Leningradi_Edasi_toimetus, lk 191
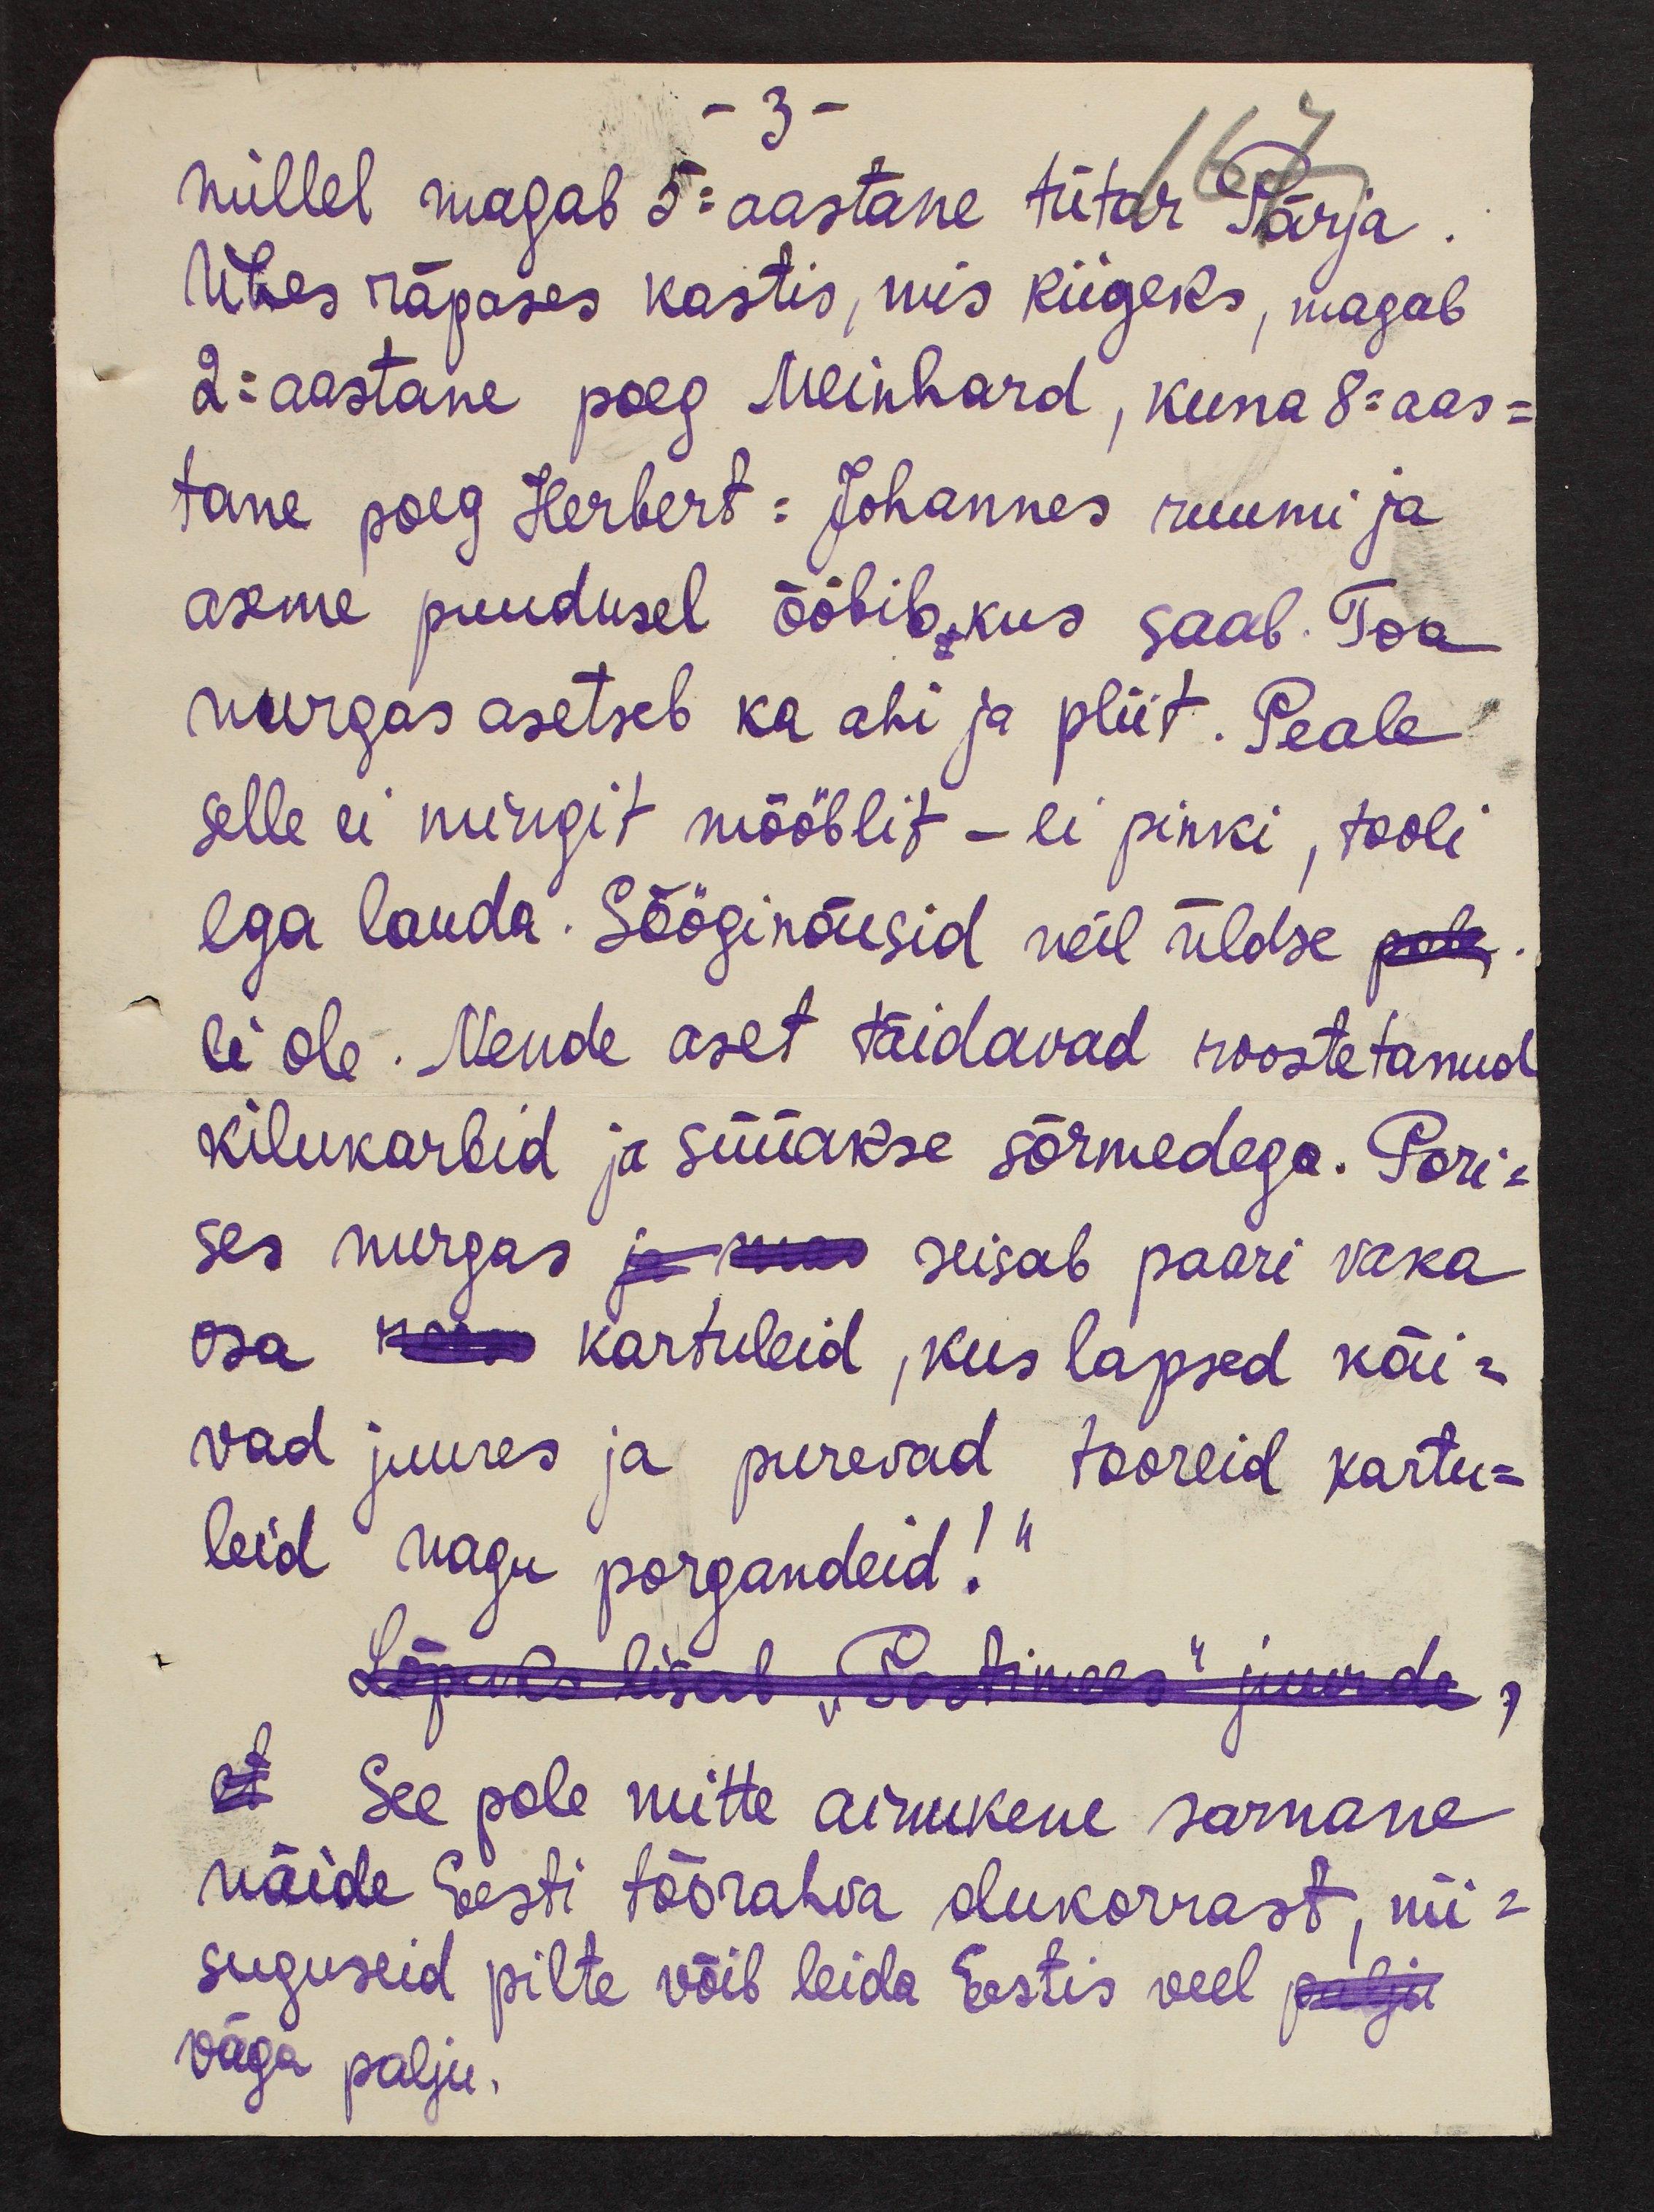
- 3 -
millel magab 5=aastane tütar Pärja
Ühes räpases kastis, mis kiigeks, magab
2=aastane poeg Meinhard, kuna 8=aas-
tane poeg Herbert=Johannes ruumi ja
aseme puudusel ööbib, kus saab. Toa
nurgas asetseb ka ahi ja pliit. Peale
selle ei mingit mööblit - ei pinki, tooli
ega lauda. Sööginõusid neil üldse pole
ei ole. Nende aset täidavad roostetanud
kilukarbid ja süüakse sõrmedega. Pori-
ses nurgas ja seisab paari vaka-
osa kartuleid, kus lapsed käi-
vad juures ja purevad tooreid kartu-
leid nagu porgandeid! "
Lõpuks lisab „Postimees“ juurde,
et See pole mitte ainukene sarnane
näide Eesti töörahva olukorrast, nii-
suguseid pilte võib leida Eestis veel palju
väga palju.